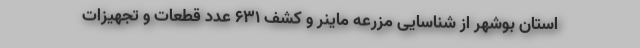
استان بوشهر از شناسایی مزرعه ماینر و کشف 631 عدد قطعات و تجهیزات